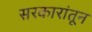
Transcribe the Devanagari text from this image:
सरकारांतून